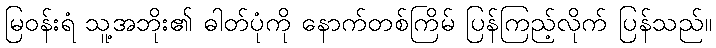
မြဝန်းရံ သူ့အဘိုး၏ ဓါတ်ပုံကို နောက်တစ်ကြိမ် ပြန်ကြည့်လိုက် ပြန်သည်။